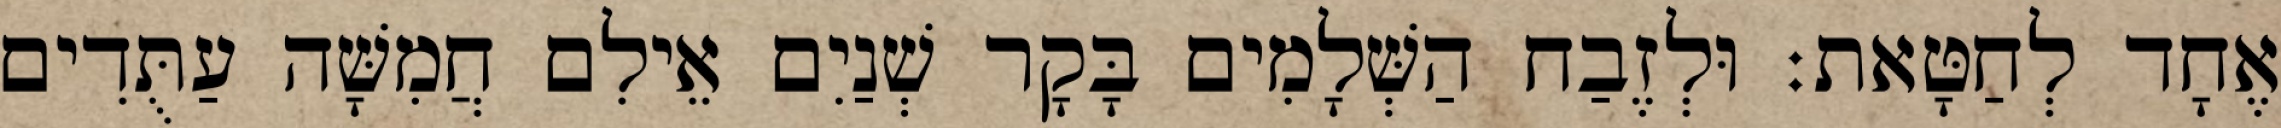
אֶחָד לְחַטָּאת׃ וּלְזֶבַח הַשְּׁלָמִים בָּקָר שְׁנַיִם אֵילִם חֲמִשָּׁה עַתֻּדִים